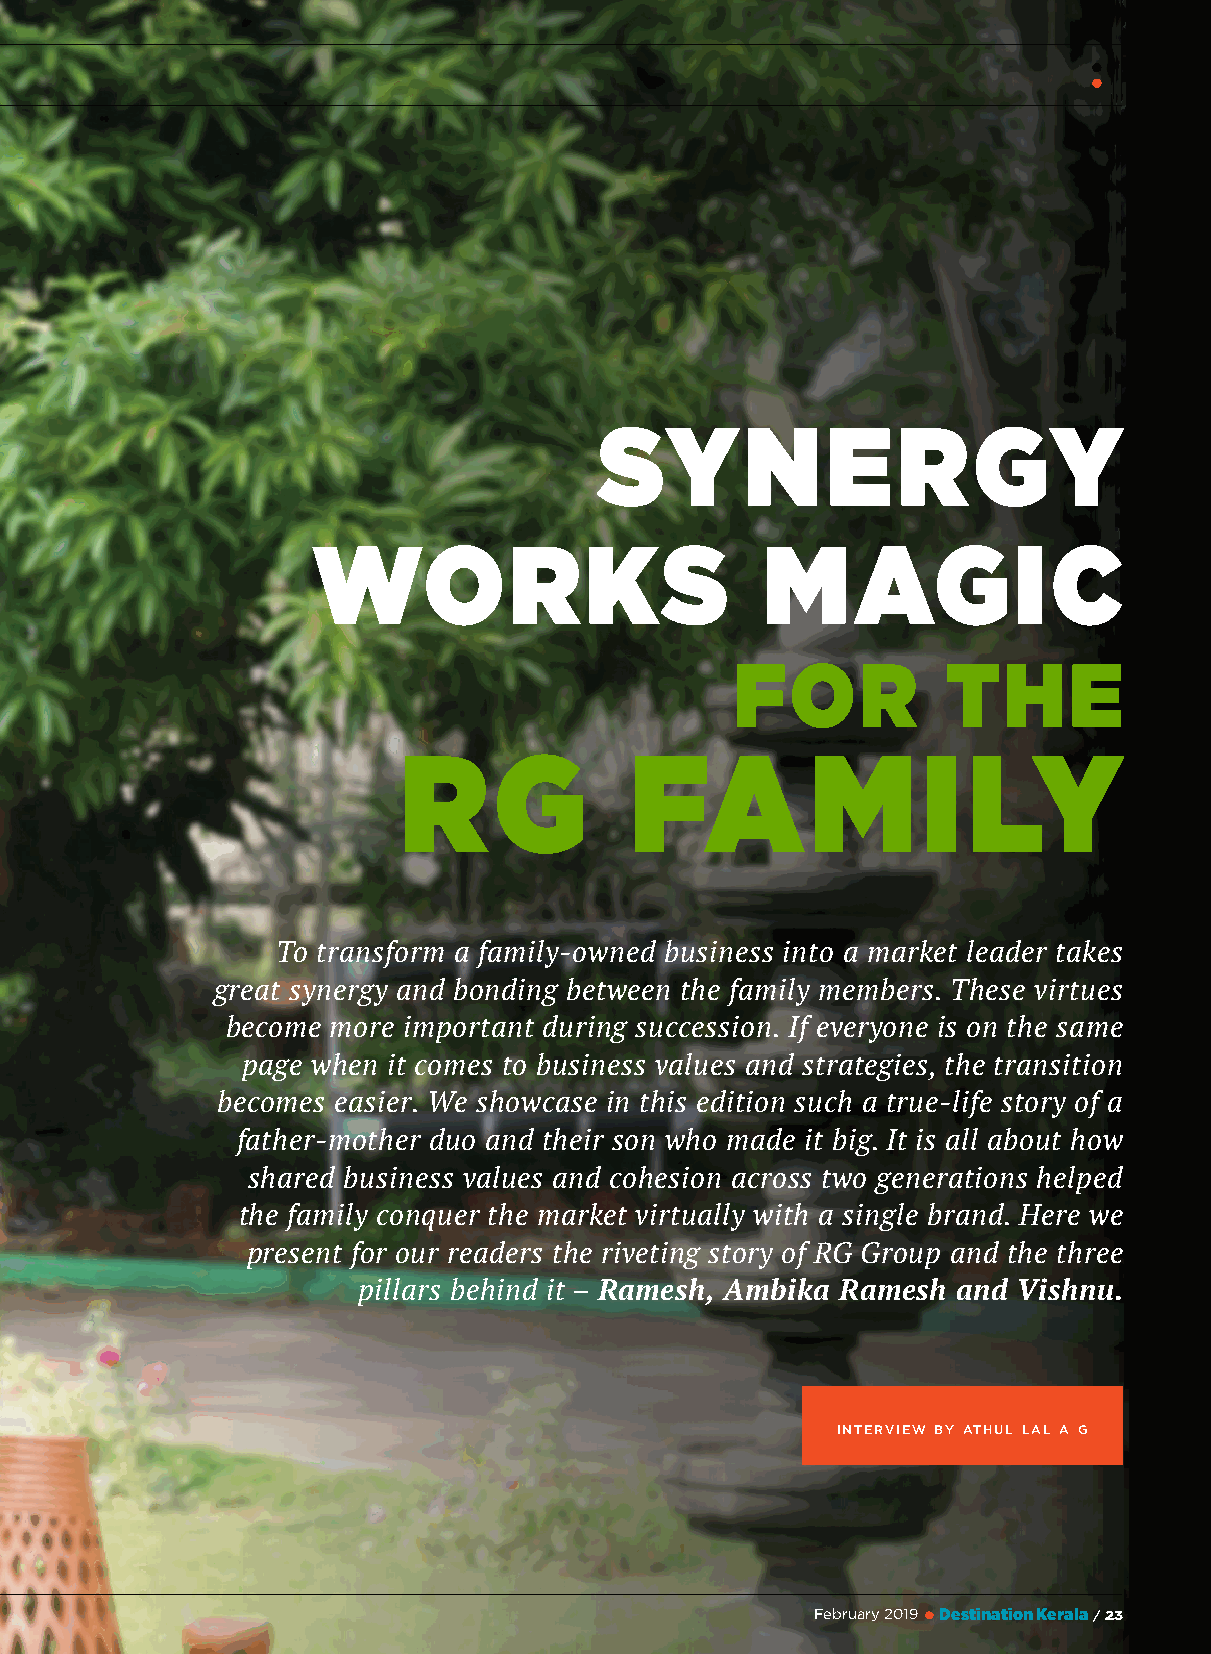
SYNERGY
 WORKS                         MAGIC
 FOR           THE
 RG              FAMILY
 To transform a family-owned business into a market leader takes
 great synergy and bonding between the family members. These virtues
 become more important during succession. If everyone is on the same
 page when it comes to business values and strategies, the transition
 becomes easier. We showcase in this edition such a true-life story of a
 father-mother duo and their son who made it big. It is all about how
 shared business values and cohesion across two generations helped
 the family conquer the market virtually with a single brand. Here we
 present for our readers the riveting story of RG Group and the three
 pillars behind it – Ramesh, Ambika Ramesh and Vishnu.
 interview by athul lal a g
 February 2019 l DestinationKerala / 23